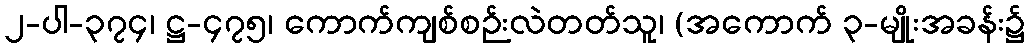
၂-ပါ-၃၇၄၊ ဋ္ဌ-၄၇၅၊ ကောက်ကျစ်စဉ်းလဲတတ်သူ၊ (အကောက် ၃-မျိုးအခန်း၌